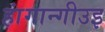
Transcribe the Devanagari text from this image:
हांगान्गीउइ